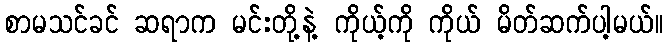
စာမသင်ခင် ဆရာက မင်းတို့နဲ့ ကိုယ့်ကို ကိုယ် မိတ်ဆက်ပါ့မယ်။